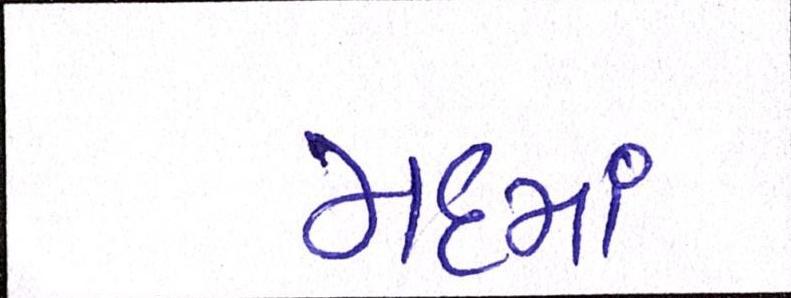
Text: મદમાં